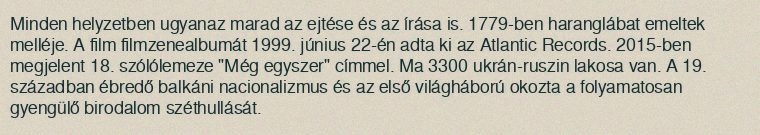
Minden helyzetben ugyanaz marad az ejtése és az írása is. 1779-ben haranglábat emeltek melléje. A film filmzenealbumát 1999. június 22-én adta ki az Atlantic Records. 2015-ben megjelent 18. szólólemeze "Még egyszer" címmel. Ma 3300 ukrán-ruszin lakosa van. A 19. században ébredő balkáni nacionalizmus és az első világháború okozta a folyamatosan gyengülő birodalom széthullását.